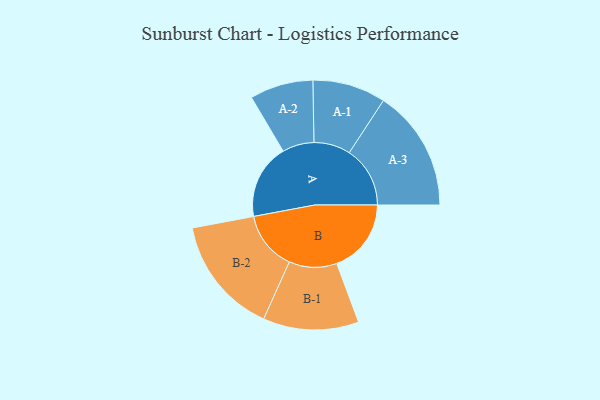
{"axis": {"x": "Segment", "y": "Value"}, "legend": ["", "A", "B"], "data": [{"x": "A", "y": 340, "type": ""}, {"x": "B", "y": 338, "type": ""}, {"x": "A-1", "y": 166, "type": "A"}, {"x": "A-2", "y": 144, "type": "A"}, {"x": "A-3", "y": 276, "type": "A"}, {"x": "B-1", "y": 217, "type": "B"}, {"x": "B-2", "y": 268, "type": "B"}]}